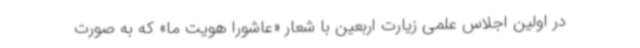
در اولین اجلاس علمی زیارت اربعین با شعار «عاشورا هویت ما» که به صورت